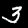
Label: 3